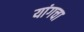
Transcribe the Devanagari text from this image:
यांगचा